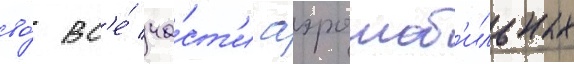
во́ вс'е́ ча́ст'и аэромоб'ильных